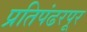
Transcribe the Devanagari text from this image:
प्रतिपंढरपूर